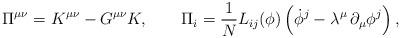
LaTeX: \begin{align*}\Pi^{\mu\nu} =K^{\mu\nu}-G^{\mu\nu}K, \qquad \Pi_i ={1 \over N} L_{ij}(\phi) \left( \dot{\phi}^j - \lambda^{\mu}\,\partial_{\mu}\phi^j \right), \end{align*}